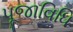
પૂજાવિધિ